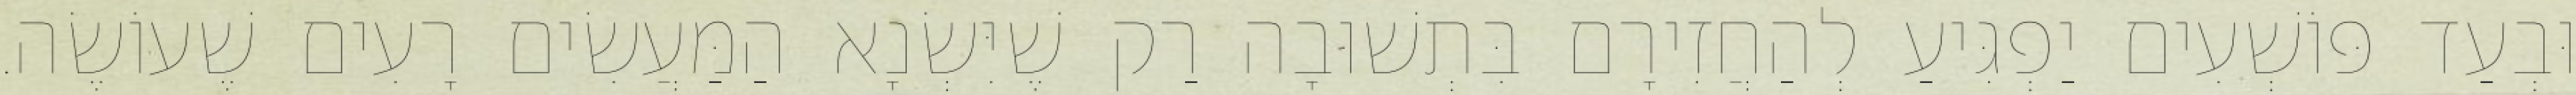
וּבְעַד פּוֹשְׁעִים יַפְגִּיעַ לְהַחֲזִירָם בִּתְשׁוּבָה רַק שֶׁיִּשְׂנָא הַמַּעֲשִׂים רָעִים שֶׁעוֹשֶׂה.